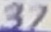
Text: 37